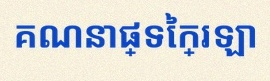
គណនាផ្ទៃក្រឡា